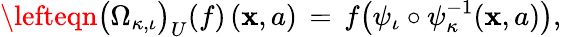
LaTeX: \lefteqn{\big(\Omega_{\kappa,\iota}\big)_{U}(f)\, (\mathbf{x},a)\, =\, f\big(\psi_{\iota}\circ\psi_{\kappa}^{-1}(\mathbf{x},a)\big),}